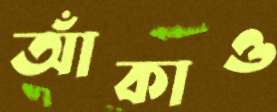
আঁকাও